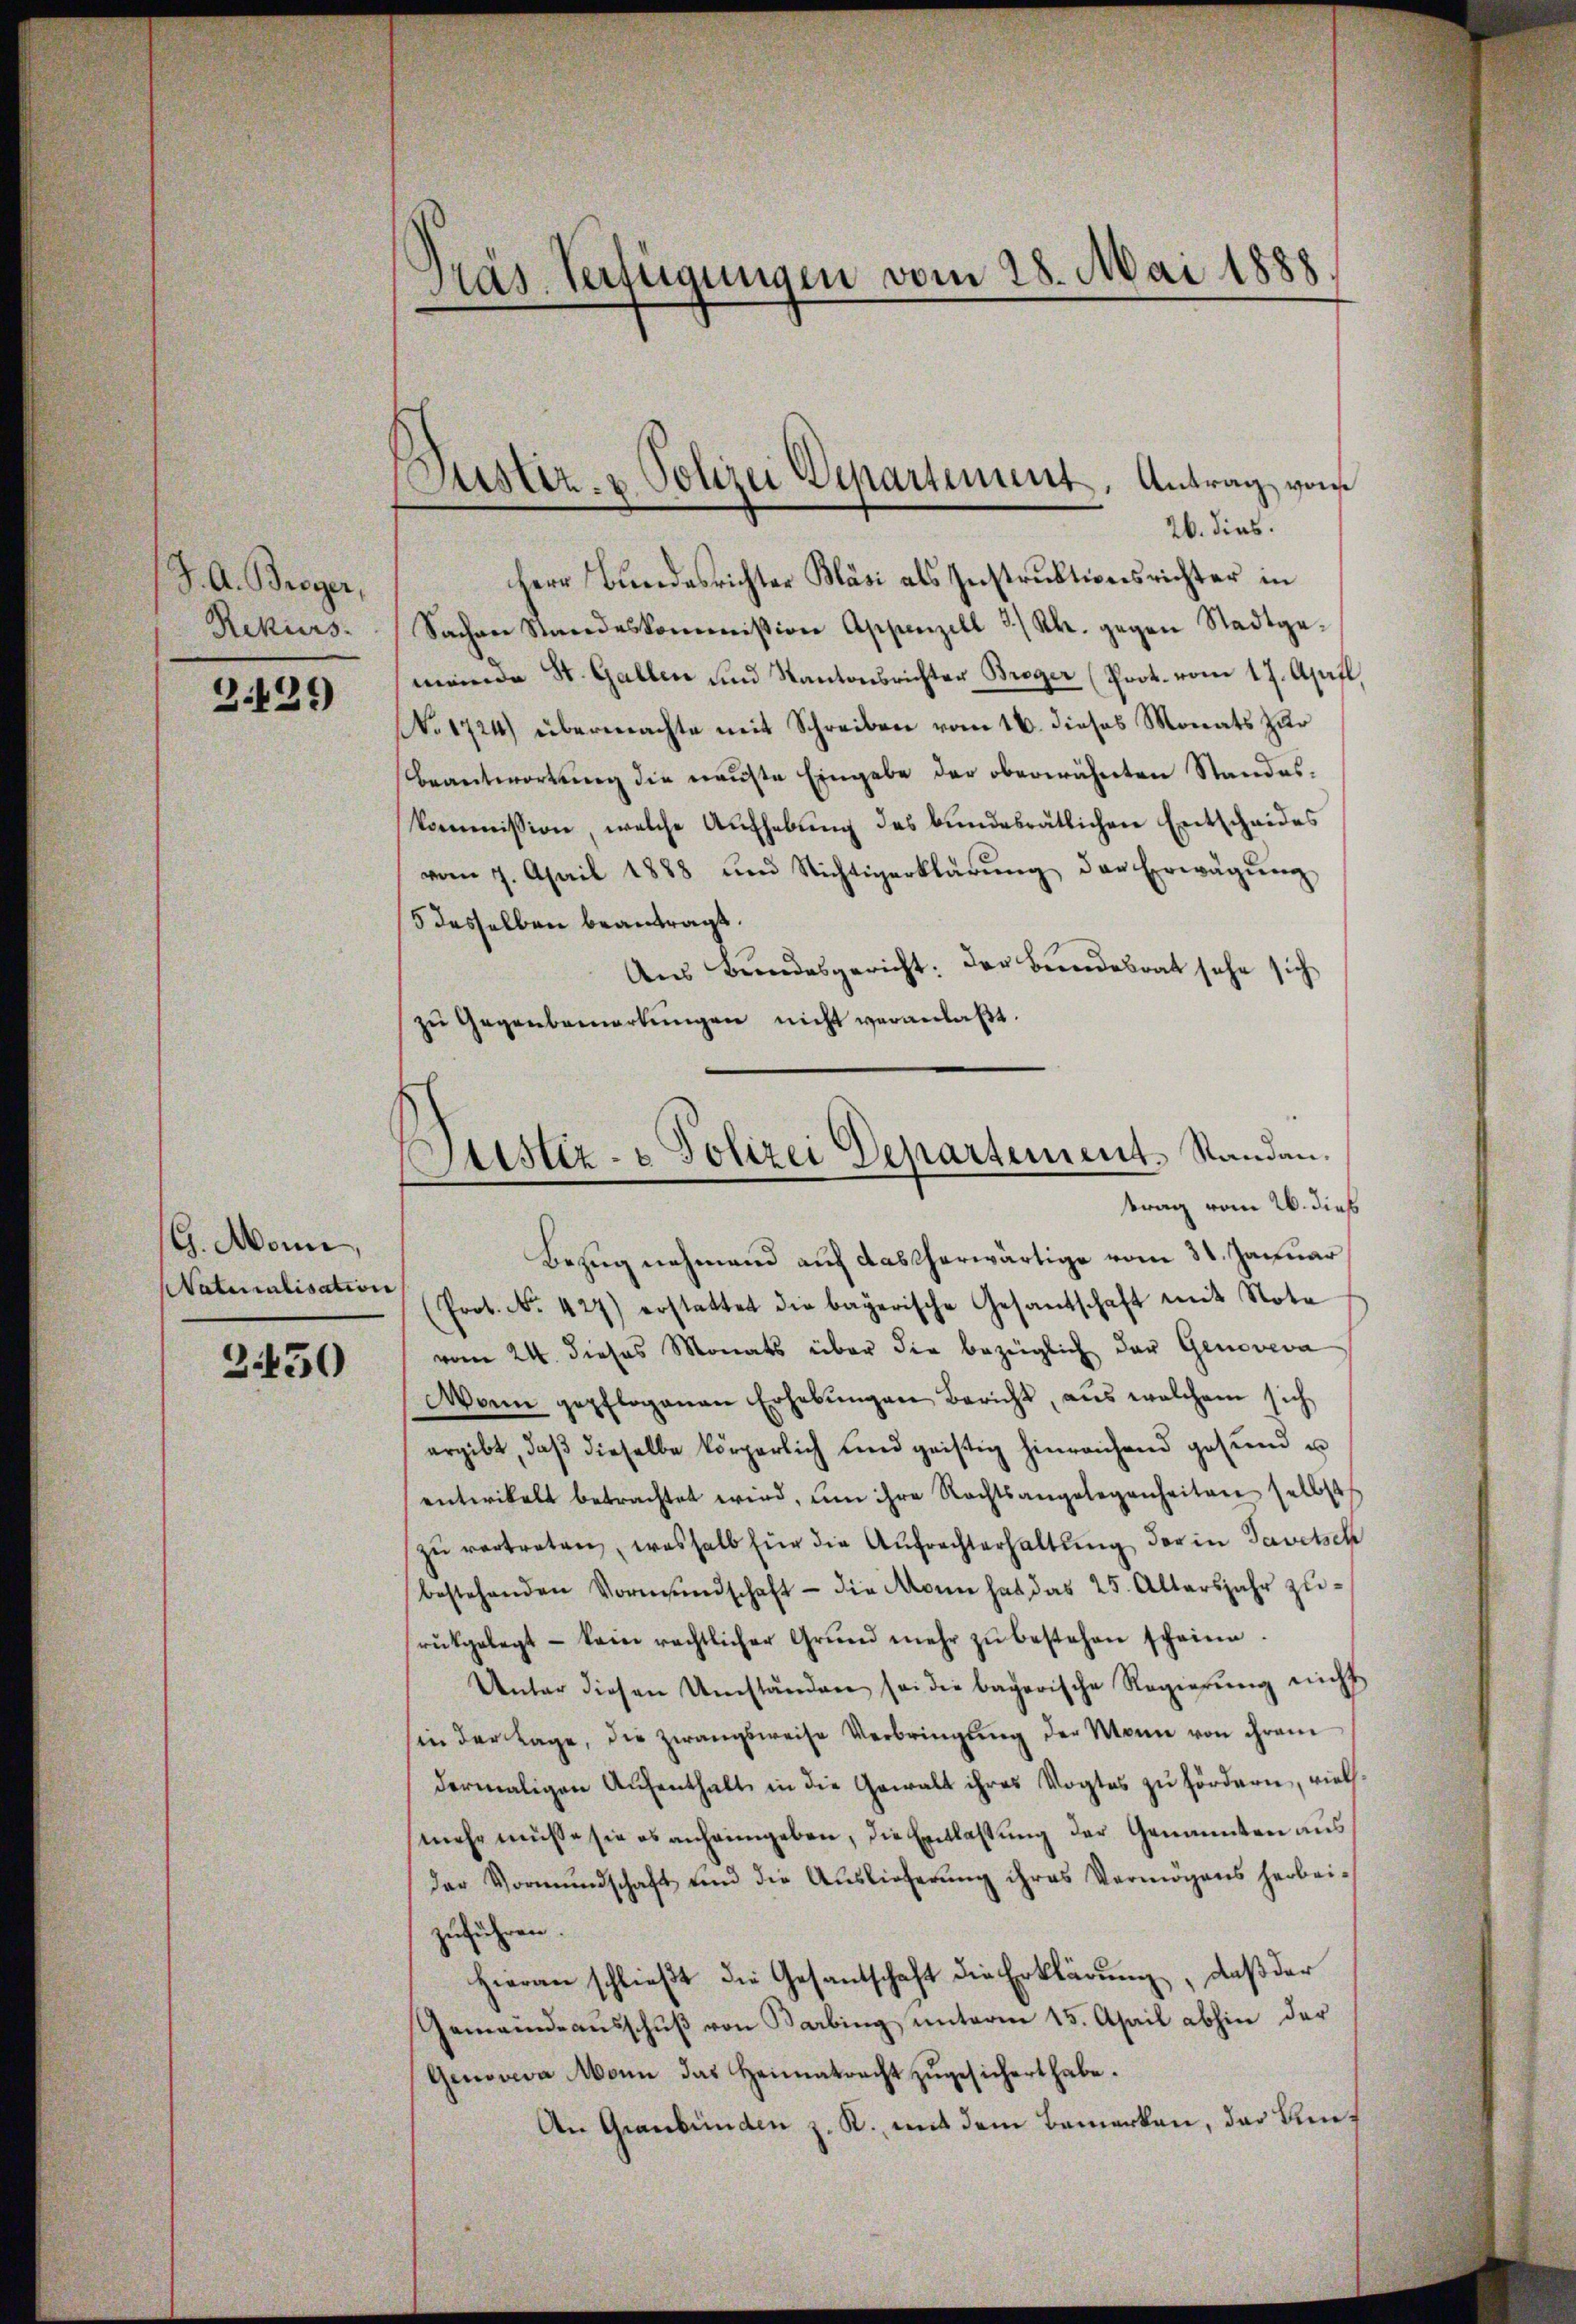
J. A. Broyer,
Rekurs.

3.429

G. Mann,
Naturalisation

2450

Präs. Verfügungen vom 28. Mai 1888

Justiz- & Polizei Departement. Antrag von
26. dies.

Herr Bundesrichter Bläsi als Instruktionsrichter in
Sachen Standeskommission Appenzell 3/ Kk. gegen Stadtge-
meinde St. Gallen und Kantonsrichter Breger (Prot. vom 17. April
No 1724) übermachte mit Schreiben vom 16. dieses Monats zur
Beantwortung die neuste Eingabe der oberwähnten Standes-
kommission welche Aŭfhebŭng des bundesrätlichen Entscheides
vom 7. April 1888 und Nichtigerklärŭng der Erwägŭng
5 desselben beantragt.
Aus Bundesgericht: Der Bundesrat sehe sich
zŭ Gegenbemerkŭngen nicht veranlaßt.

Justiz- & Polizei Departement. Standantrag vom 26. dieß

Bezug nehmend auf das herwärtige vom 31. Januar
(Prot. No. 427) erstattet die bayerische Gesandschaft mit Nota
vom 24. dieses Monats über die bezüglich der Genoveva
Wann gepflogenen Erhebŭngen Bericht, aus welchem sich
ergibt, daβ dieselbe körperlich und geistig hinreichend gesund u
entwickelt betrachtet wird, um ihre Rechtsangelegenheiten selbst
zŭ vertreten, weshalb für die Aŭfrechterhaltŭng der in Savetsch
bestehenden Vormundschaft - die Mann hat das 25. Altersjahr zŭ-
rükgelegt - kein rechtlicher Grŭnd mehr zŭ bestehen scheine.
Unter diesen Umständen sei die bayerische Regierŭng nicht
in der Lage, die zwangsweise Verbringŭng der Mann von ihrem
dermaligen Aŭfenthalt in die Gewalt ihres Vogtes zu fördern, vielmehr müsse sie es anheimgeben, die Entlassung der Genannten ausder Vormŭndschaft und die Aŭslieferŭng ihres Vermögens herbei-
zuführen.
Hieran schließt die Gesantschaft die Erklärung, daß der
Gemeindeausschuß von Barbing unterm 15. April abhin der
Genoveva Mann das Heimatracht zugesichert habe.
An Graubünden z. R. mit dem Bemerken, das Be¬